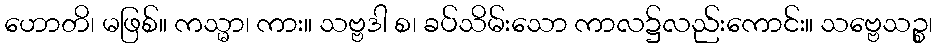
ဟောတိ၊ မဖြစ်။ ကသ္မာ၊ ကား။ သဗ္ဗဒါ စ၊ ခပ်သိမ်းသော ကာလ၌လည်းကောင်း။ သဗ္ဗေသဉ္စ၊